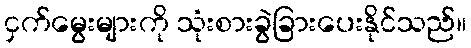
ငှက်မွေးများကို သုံးစားခွဲခြားပေးနိုင်သည်။